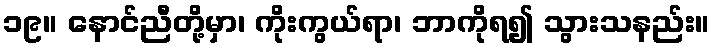
၁၉။ နောင်ညီတို့မှာ၊ ကိုးကွယ်ရာ၊ ဘာကိုရ၍ သွားသနည်း။